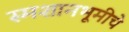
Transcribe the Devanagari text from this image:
स्मशानभूमीचे